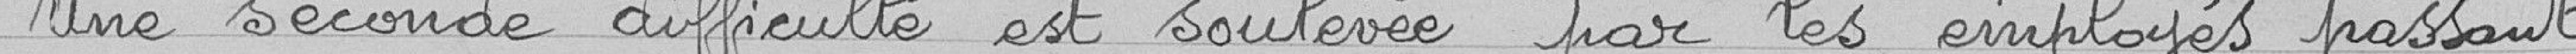
Une seconde difficulté est soulevée par les employés passant